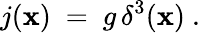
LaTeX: {j({\mathbf x})\ =\ g\, \delta^{3}({\mathbf x})\ .}